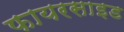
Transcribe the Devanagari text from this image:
फायरसाइड